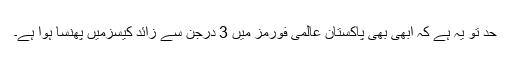
حد تو یہ ہے کہ ابھی بھی پاکستان عالمی فورمز میں 3 درجن سے زائد کیسزمیں پھنسا ہوا ہے۔